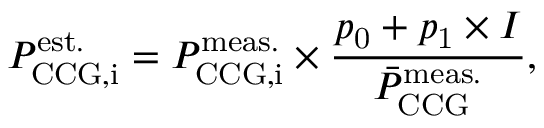
P _ { \mathrm { C C G , i } } ^ { \mathrm { e s t . } } = P _ { \mathrm { C C G , i } } ^ { \mathrm { m e a s . } } \times \frac { p _ { \mathrm { 0 } } + p _ { \mathrm { 1 } } \times I } { \bar { P } _ { \mathrm { C C G } } ^ { \mathrm { m e a s . } } } ,